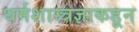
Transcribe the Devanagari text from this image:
धर्मशास्त्रज्ञाकडून